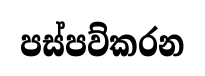
පස්පව්කරන